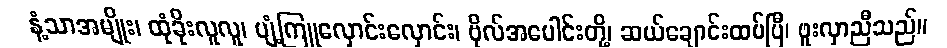
နံ့သာအမျိုး၊ ထုံခိုးလူလူ၊ ပျံ့ကြူလှောင်းလှောင်း၊ ဗိုလ်အပေါင်းတို့၊ ဆယ်ချောင်းထပ်ပြီ၊ ဖူးလှာညီသည်။